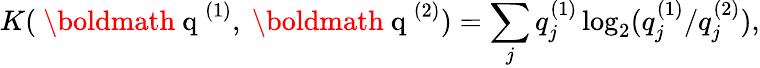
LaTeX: K(\mathrm{~\boldmath~q~}^{(1)},\mathrm{~\boldmath~q~}^{(2)})=\sum_{j}q_{j}^{(1)}\log_{2}(q_{j}^{(1)}/q_{j}^{(2)}),